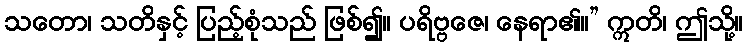
သတော၊ သတိနှင့် ပြည့်စုံသည် ဖြစ်၍။ ပရိဗ္ဗဇေ၊ နေရာ၏။” ဣတိ၊ ဤသို့။